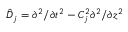
\hat { D } _ { j } = \partial ^ { 2 } / \partial t ^ { 2 } - C _ { j } ^ { 2 } \partial ^ { 2 } / \partial z ^ { 2 }